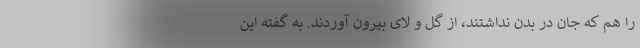
را هم که جان در بدن نداشتند، از گل و لای بیرون آوردند. به گفته این